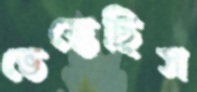
ভেস্তেছিস